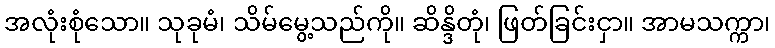
အလုံးစုံသော။ သုခုမံ၊ သိမ်မွေ့သည်ကို။ ဆိန္ဒိတုံ၊ ဖြတ်ခြင်းငှာ။ အာမသက္ကာ၊